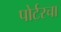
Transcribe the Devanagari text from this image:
पोर्टरचा